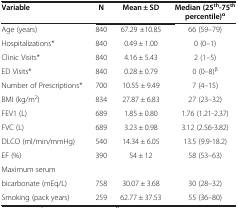
<table><thead><tr><td><b>Variable</b></td><td><b>N</b></td><td><b>Mean ± SD</b></td><td><b>Median (25<sup>th</sup>-75<sup>th</sup> percentile)<sup>α</sup></b></td></tr></thead><tbody><tr><td>Age (years)</td><td>840</td><td>67.29 ±10.85</td><td>66 (59–79)</td></tr><tr><td>Hospitalizations*</td><td>840</td><td>0.49 ± 1.00</td><td>0 (0–1)</td></tr><tr><td>Clinic Visits*</td><td>840</td><td>4.16 ± 5.43</td><td>2 (1–5)</td></tr><tr><td>ED Visits*</td><td>840</td><td>0.28 ± 0.79</td><td>0 (0–8)<sup>β</sup></td></tr><tr><td>Number of Prescriptions*</td><td>700</td><td>10.55 ± 9.49</td><td>7 (4–15)</td></tr><tr><td>BMI (kg/m<sup>2</sup>)</td><td>834</td><td>27.87 ± 6.83</td><td>27 (23–32)</td></tr><tr><td>FEV1 (L)</td><td>689</td><td>1.85 ± 0.80</td><td>1.76 (1.21-2.37)</td></tr><tr><td>FVC (L)</td><td>689</td><td>3.23 ± 0.98</td><td>3.12 (2.56-3.82)</td></tr><tr><td>DLCO (ml/min/mmHg)</td><td>540</td><td>14.34 ± 6.05</td><td>13.5 (9.9-18.2)</td></tr><tr><td>EF (%)</td><td>390</td><td>54 ± 12</td><td>58 (53–63)</td></tr><tr><td>Maximum serum</td><td> </td><td> </td><td> </td></tr><tr><td>bicarbonate (mEq/L)</td><td>758</td><td>30.07 ± 3.68</td><td>30 (28–32)</td></tr><tr><td>Smoking (pack years)</td><td>259</td><td>62.77 ± 37.53</td><td>55 (36–80)</td></tr></tbody></table>